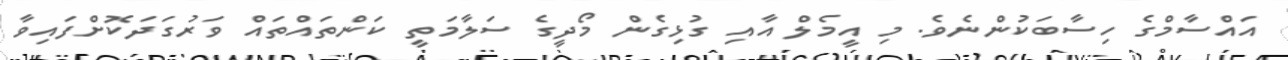
އައްސާމްގެ ހިސާބަކުންނެވެ. މި އީމެލް އާއި ގުޅިގެން މޯދީގެ ސަލާމަތީ ކަންތައްތައް ވަރުގަދަކޮށްފައިވާ